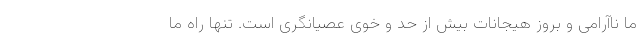
ما ناآرامی و بروز هیجانات بیش از حد و خوی عصیانگری است. تنها راه ما